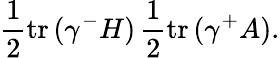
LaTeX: \frac{1}{2}\mathrm{tr}\, (\gamma^{-}H)\, \frac{1}{2}\mathrm{tr}\, (\gamma^{+}A).